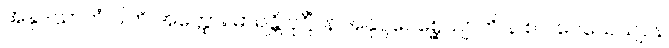
အနုဒသာဟံ ဝါတိ အတ္ထော။ ဓာရန္တိ ဝုဋ္ဌိံ။ န အနုပ္ပဝေစ္ဆေယျာတိ န စ ပဝေသေယျ, န